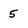
Character: 5